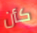
كأن